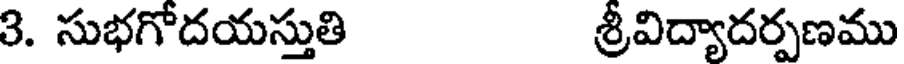
3. సుభగోదయస్తుతి శ్రీవిద్యాదర్పణము